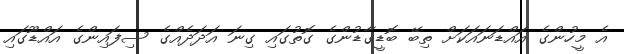
އެ މީހުންގެ އައްޑަނައަކަށް ތިބޭ ބޮޑީގާޑުންގެ ގޮތުގައި ގިނަ އަދަދެއްގެ ސިފައިންގެ އައްޑޫގައި